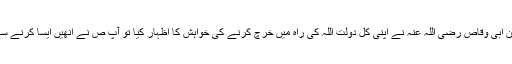
اللہ کے رسول صلی اللہ علیہ و سلم کے سامنے ایک مرتبہ حضرت سعد بن ابی وقاص رضی اللہ عنہ نے اپنی کل دولت اللہ کی راہ میں خرچ کرنے کی خواہش کا اظہار کیا تو آپ ص نے انھیں ایسا کرنے سے منع کیا اور ایک تہائی مال سے زیادہ خرچ کرنے کی اجازت نہیں دی۔